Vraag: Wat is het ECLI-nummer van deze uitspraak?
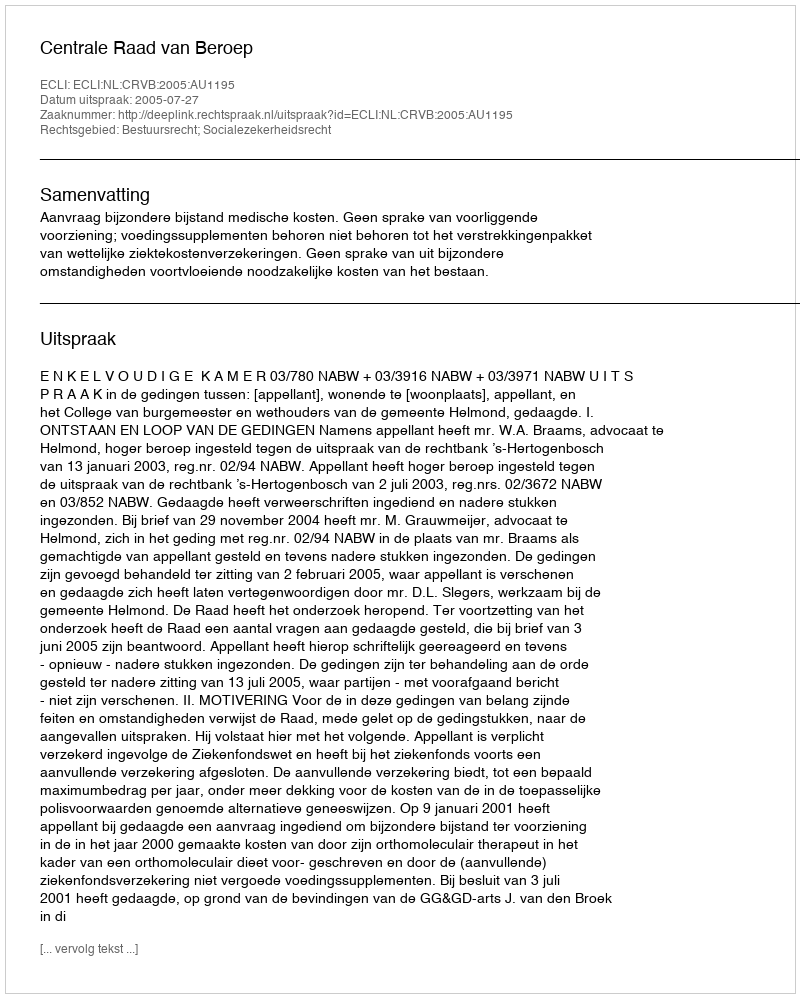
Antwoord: ECLI:NL:CRVB:2005:AU1195